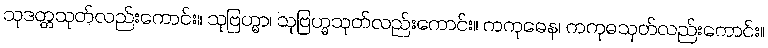
သုဒတ္တသုတ်လည်းကောင်း။ သုဗြဟ္မာ၊ သုဗြဟ္မသုတ်လည်းကောင်း။ ကကုဓေန၊ ကကုဓသုတ်လည်းကောင်း။